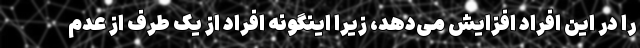
را در این افراد افزایش می‌دهد، زیرا اینگونه افراد از یک طرف از عدم